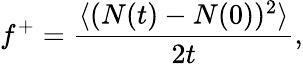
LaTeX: f^{+}=\frac{\langle(N(t)-N(0))^{2}\rangle}{2t},